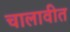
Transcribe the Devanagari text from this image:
चालावीत